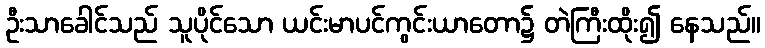
ဦးသာခေါင်သည် သူပိုင်သော ယင်းမာပင်ကွင်းယာတော၌ တဲကြီးထိုး၍ နေသည်။